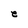
Character: e